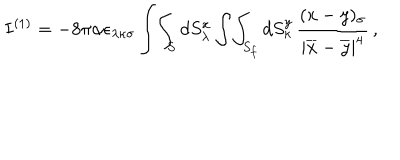
LaTeX: I ^ { ( 1 ) } = - 8 \pi \alpha \epsilon _ { \lambda \kappa \sigma } \int \! \int _ { S } d S _ { \lambda } ^ { x } \int \! \int _ { S _ { f } } d S _ { \kappa } ^ { y } \, \frac { ( x - y ) _ { \sigma } } { | \overline { { { x } } } - \overline { { { y } } } | ^ { 4 } } \, ,